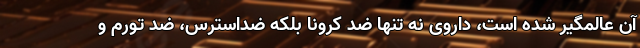
آن عالمگیر شده است، داروی نه تنها ضد کرونا بلکه ضداسترس، ضد تورم و